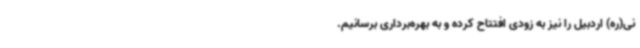
نی(ره) اردبیل را نیز به زودی افتتاح کرده و به بهره‌برداری برسانیم.